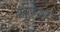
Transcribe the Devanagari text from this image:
सुरेशः